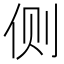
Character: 侧